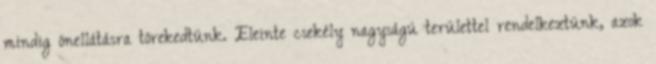
mindig önellátásra törekedtünk. Eleinte csekély nagyságú területtel rendelkeztünk, azok